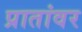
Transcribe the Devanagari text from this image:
प्रातांवर